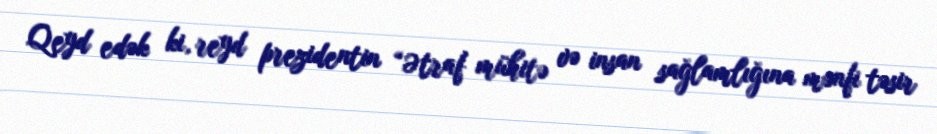
Qeyd edək ki, reyd prezidentin “Ətraf mühitə və insan sağlamlığına mənfi təsir